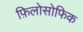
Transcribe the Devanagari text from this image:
फ़िलोसोफिक